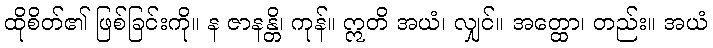
ထိုစိတ်၏ ဖြစ်ခြင်းကို။ န ဇာနန္တိ၊ ကုန်။ ဣတိ အယံ၊ လျှင်။ အတ္ထော၊ တည်း။ အယံ